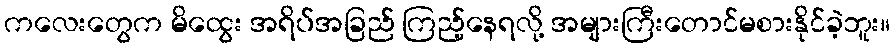
ကလေးတွေက မိထွေး အရိပ်အခြည် ကြည့်နေရလို့ အများကြီးတောင်မစားနိုင်ခဲ့ဘူး။